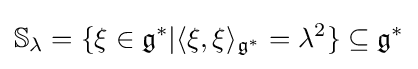
\mathbb {S} _{\lambda }=\{\xi \in {\mathfrak {g}}^{*}|\langle \xi ,\xi \rangle _{{\mathfrak {g}}^{*}}=\lambda ^{2}\}\subseteq {\mathfrak {g}}^{*}